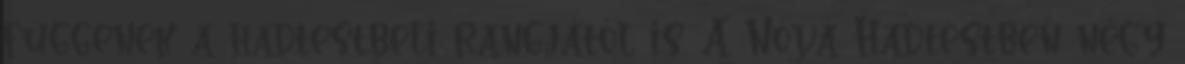
függenek a hadtestbeli rangjától is. A Nova Hadtestben négy